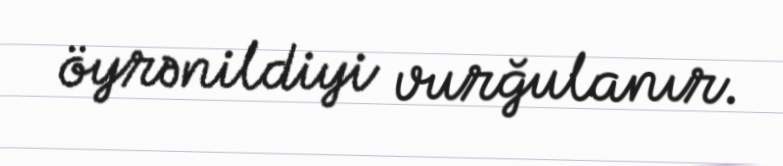
öyrənildiyi vurğulanır.